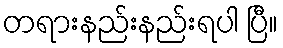
တရားနည်းနည်းရပါ ပြီ။